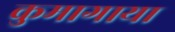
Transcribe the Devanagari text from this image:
कुमागाया